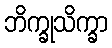
ဘိက္ခုသိက္ခာ